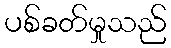
ပစ်ခတ်မှုသည်